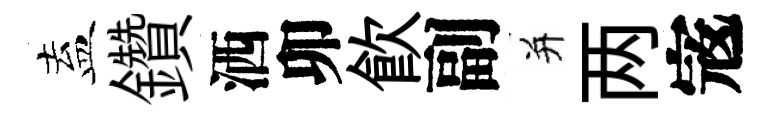
盍鑽洒卯飲副并两𡨥